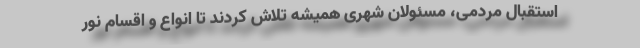
استقبال مردمی، مسئولان شهری همیشه تلاش کردند تا انواع و اقسام نور